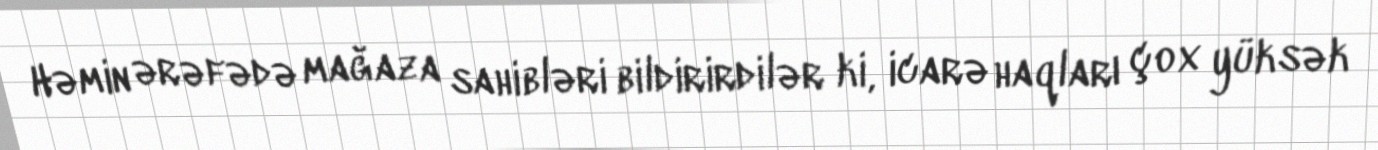
Həmin ərəfədə mağaza sahibləri bildirirdilər ki, icarə haqları çox yüksək